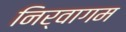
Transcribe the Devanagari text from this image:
निर्वागम